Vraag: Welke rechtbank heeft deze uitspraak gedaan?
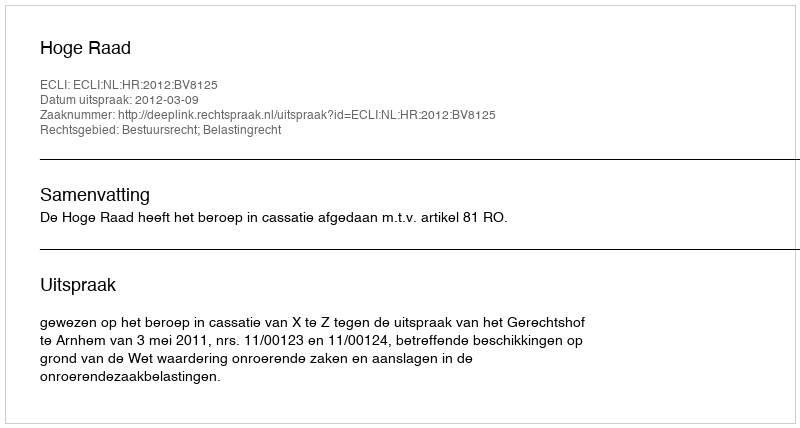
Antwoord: Hoge Raad